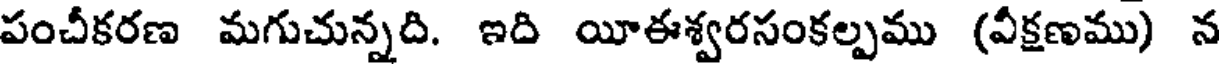
పంచీకరణ మగుచున్నది. ఇది యీఈశ్వరసంకల్పము (వీక్షణము) న